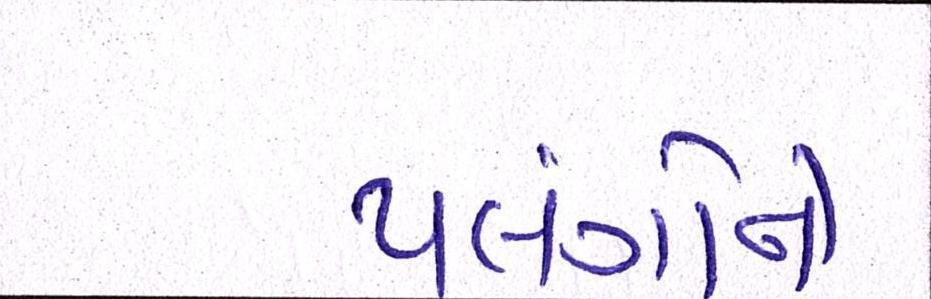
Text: પલંગોને